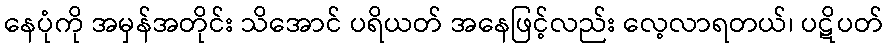
နေပုံကို အမှန်အတိုင်း သိအောင် ပရိယတ် အနေဖြင့်လည်း လေ့လာရတယ်၊ ပဋိပတ်